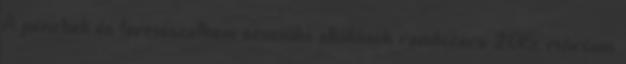
A pénzbeli és természetbeni szociális ellátások rendszere 2015. március